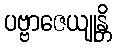
ပဗ္ဗာဇေယျုန္တိ